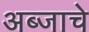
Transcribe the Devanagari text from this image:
अब्जाचे